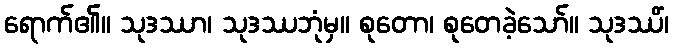
ရောက်၏။ သုဒဿာ၊ သုဒဿဘုံမှ။ စုတော၊ စုတေခဲ့သော်။ သုဒဿိံ၊